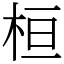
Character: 桓